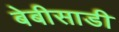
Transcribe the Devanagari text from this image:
बेबीसाडी